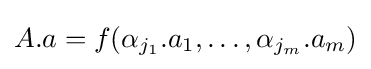
A.a=f(\alpha _{j_{1}}.a_{1},\ldots ,\alpha _{j_{m}}.a_{m})